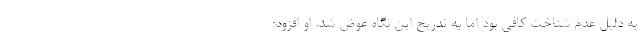
به دلیل عدم شناخت کافی بود اما به تدریج این نگاه عوض شد. او افزود: